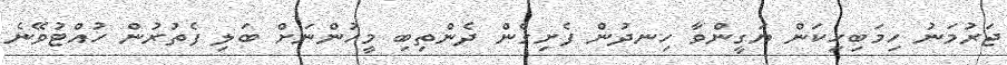
ޖަރުމަނު ހިމަބިހިކަން ޔަގީންވާ ހިނދުން ފެށިގެން ދެންތިބި މީހުންނަށް ބަލި ފެތުރުން ހުއްޓުވޭނެ